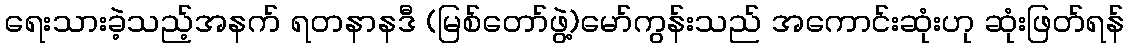
ရေးသားခဲ့သည့်အနက် ရတနာနဒီ (မြစ်တော်ဖွဲ့)မော်ကွန်းသည် အကောင်းဆုံးဟု ဆုံးဖြတ်ရန်